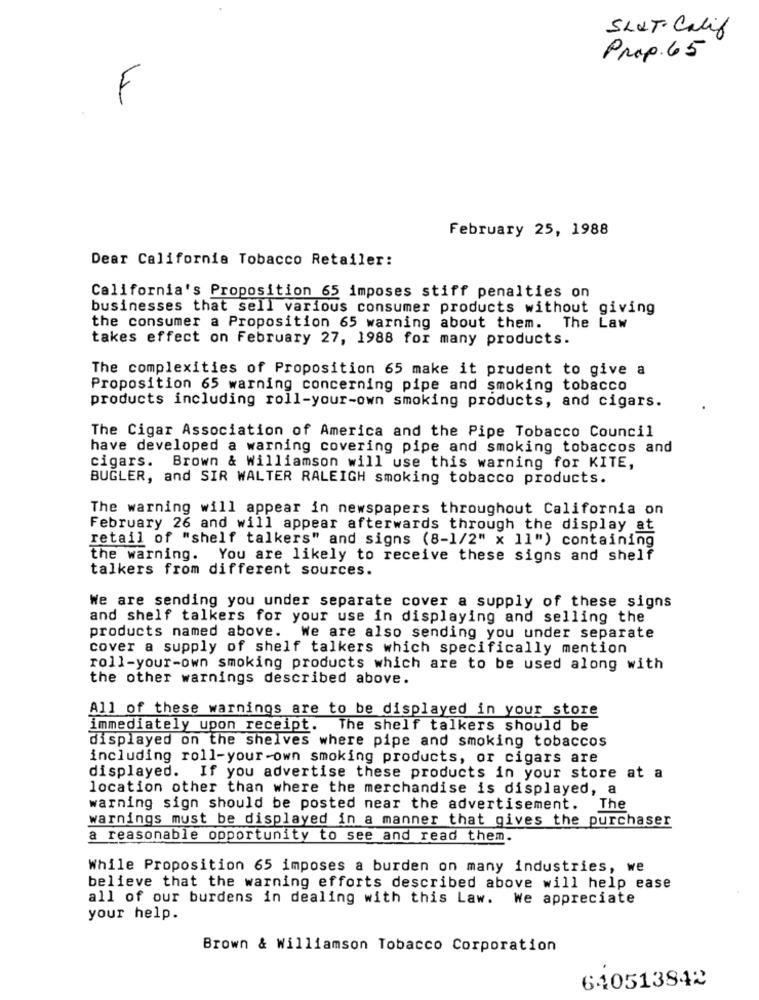
SLUT Calif
Prop. 65
F
February 25, 1988
Dear California Tobacco Retailer:
California's Proposition 65 imposes stiff penalties on
businesses that sell various consumer products without giving
the consumer a Proposition 65 warning about them. The Law
takes effect on February 27, 1988 for many products.
The complexities of Proposition 65 make it prudent to give a
Proposition 65 warning concerning pipe and smoking tobacco
products including roll-your-own smoking products, and cigars.
The Cigar Association of America and the Pipe Tobacco Council
have developed a warning covering pipe and smoking tobaccos and
cigars. Brown & Williamson will use this warning for KITE,
BUGLER, and SIR WALTER RALEIGH smoking tobacco products.
The warning will appear in newspapers throughout California on
February 26 and will appear afterwards through the display at
retail of "shelf talkers" and signs (8-1/2" x 11") containing
the warning. You are likely to receive these signs and shelf
talkers from different sources.
We are sending you under separate cover a supply of these signs
and shelf talkers for your use in displaying and selling the
products named above. We are also sending you under separate
cover a supply of shelf talkers which specifically mention
roll-your-own smoking products which are to be used along with
the other warnings described above.
All of these warnings are to be displayed in your store
immediately upon receipt. The shelf talkers should be
displayed on the shelves where pipe and smoking tobaccos
including roll-your-own smoking products, or cigars are
displayed. If you advertise these products in your store at a
location other than where the merchandise is displayed, a
warning sign should be posted near the advertisement. The
warnings must be displayed in a manner that gives the purchaser
a reasonable opportunity to see and read them.
While Proposition 65 imposes a burden on many industries, we
believe that the warning efforts described above will help ease
all of our burdens in dealing with this Law. We appreciate
your help.
Brown & Williamson Tobacco Corporation
640513842